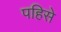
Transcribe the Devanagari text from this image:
पहिसे